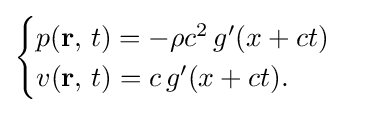
{\begin{cases}p(\mathbf {r} ,\,t)=-\rho c^{2}\,g'(x+ct)\\v(\mathbf {r} ,\,t)=c\,g'(x+ct).\end{cases}}